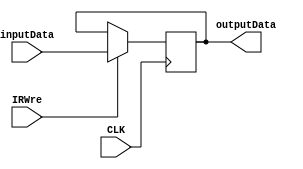
`timescale 1ns / 1ps
//////////////////////////////////////////////////////////////////////////////////
// Company: 
// Engineer: 
// 
// Design Name: 
// Module Name: IR
// Project Name: 
// Target Devices: 
// Tool Versions: 
// Description: 
// 
// Dependencies: 
// 
// Revision:
// Revision 0.01 - File Created
// Additional Comments:
// 
//////////////////////////////////////////////////////////////////////////////////


module IR(CLK,IRWre,inputData,outputData);
    input CLK,IRWre;
    input [31:0] inputData;
    output reg [31:0] outputData;
    always @ (posedge CLK) begin
        if(IRWre == 1) outputData <= inputData;
    end
endmodule